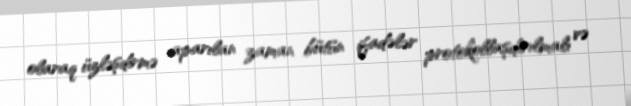
olaraq üzləşdirmə aparılan zaman bütün ifadələr protokollaşdırılmalı və